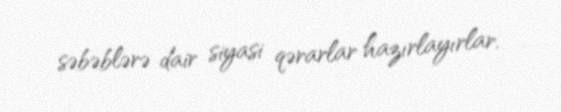
səbəblərə dair siyasi qərarlar hazırlayırlar.